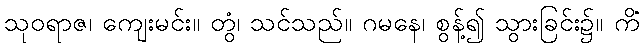
သုဝရာဇ၊ ကျေးမင်း။ တွံ၊ သင်သည်။ ဂမနေ၊ စွန့်၍ သွားခြင်း၌။ ကိံ